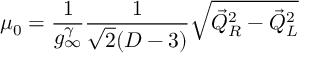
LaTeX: \mu _ { 0 } = \frac { 1 } { g _ { \infty } ^ { \gamma } } \frac { 1 } { \sqrt { 2 } ( D - 3 ) } \sqrt { { \vec { Q } } _ { R } ^ { 2 } - { \vec { Q } } _ { L } ^ { 2 } } \nonumber \,